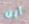
أين